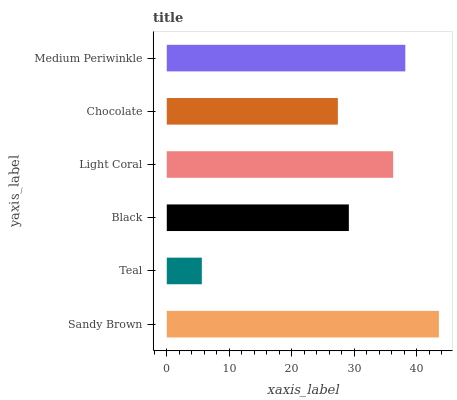
| yaxis_label | bars |
 | --- | --- |
 | Sandy Brown | 43.6 |
 | Teal | 5.61 |
 | Black | 29.1 |
 | Light Coral | 36.2 |
 | Chocolate | 27.4 |
 | Medium Periwinkle | 38.2 |